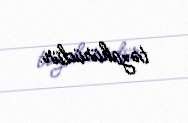
təzahürüdür.